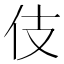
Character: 伎